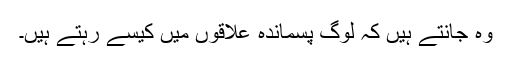
وہ جانتے ہیں کہ لوگ پسماندہ علاقوں میں کیسے رہتے ہیں۔